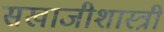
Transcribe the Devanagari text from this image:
सखाजीशास्त्री